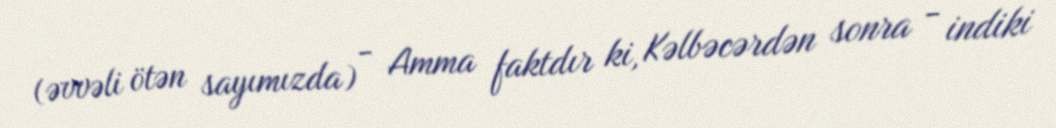
(əvvəli ötən sayımızda) - Amma faktdır ki, Kəlbəcərdən sonra - indiki